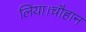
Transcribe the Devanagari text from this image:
लिया।चौहान